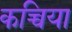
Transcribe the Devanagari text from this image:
कच्चिया